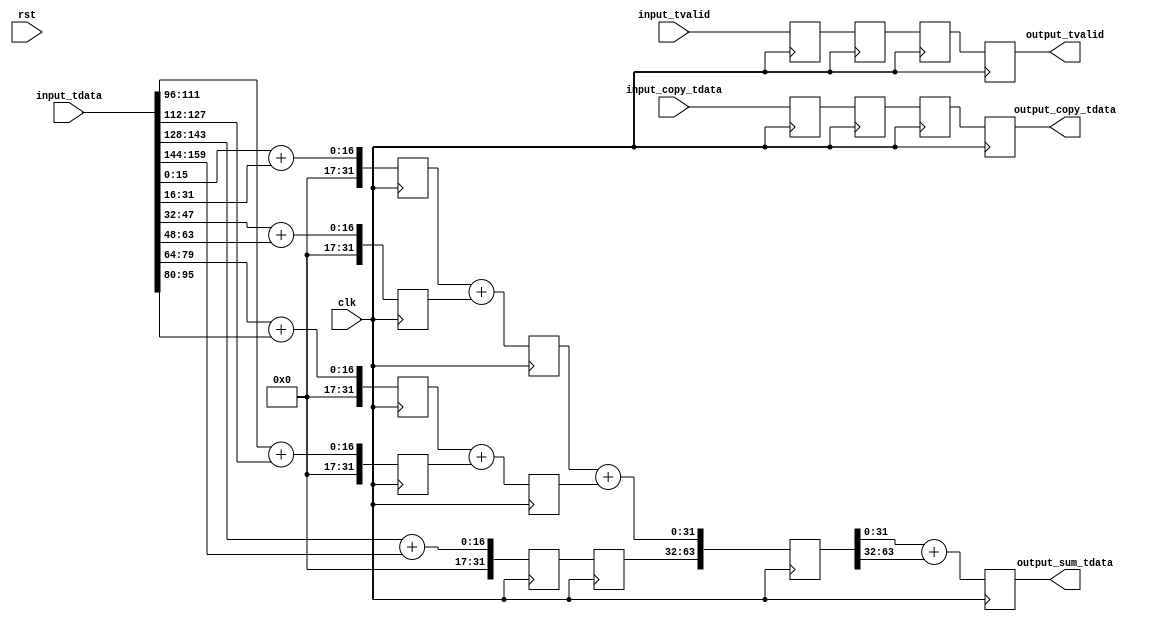
// Language: Verilog 2001

// Adds elements of the input vector using an adder tree
// Copies input_copy_tdata to output_copy_tdata with the same latency
// Nonblocking

`resetall
`timescale 1ns / 1ps
`default_nettype none


 (* KEEP_HIERARCHY = "YES" *) module parallel_add_and_copy # (
    parameter VECTOR_WIDTH = 160,
    parameter DATA_WIDTH = 16,
    parameter ACCUMSIZE = 32
)(
    input wire clk,
    input wire rst,

    input wire [VECTOR_WIDTH-1:0] input_tdata,
    input wire [VECTOR_WIDTH-1:0] input_copy_tdata,
    input wire input_tvalid,

    output reg [VECTOR_WIDTH-1:0] output_copy_tdata,
    output reg [ACCUMSIZE-1:0] output_sum_tdata,
    output reg output_tvalid 

);

   localparam  ELEMENTS_PER_VECTOR = VECTOR_WIDTH / DATA_WIDTH;

   reg [5 * ACCUMSIZE-1:0] accum0;
   reg [3 * ACCUMSIZE-1:0] accum1;
   reg [2 * ACCUMSIZE-1:0] accum2;

   reg [VECTOR_WIDTH-1:0]  copy0;
   reg [VECTOR_WIDTH-1:0]  copy1;
   reg [VECTOR_WIDTH-1:0]  copy2;

   reg tvalid0, tvalid1, tvalid2;


   genvar i;
   generate
      for (i = 0; i < 5; i = i + 1) begin
         // zero extend to ACCUMSIZE
         wire [DATA_WIDTH-1:0] input_lhs = input_tdata[DATA_WIDTH * 2 * i +: DATA_WIDTH];
         wire [DATA_WIDTH-1:0] input_rhs = input_tdata[DATA_WIDTH * (2 * i + 1) +: DATA_WIDTH];
         wire [ACCUMSIZE-1:0]  lhs = {{ACCUMSIZE-DATA_WIDTH{1'b0}}, input_lhs[DATA_WIDTH-1:0]};
         wire [ACCUMSIZE-1:0]  rhs = {{ACCUMSIZE-DATA_WIDTH{1'b0}}, input_rhs[DATA_WIDTH-1:0]};
         always @ (posedge clk) begin
            accum0[ACCUMSIZE * i +: ACCUMSIZE] <= lhs + rhs;
         end
      end
   endgenerate
   genvar j;
   generate
      for (j = 0; j < 2; j = j + 1) begin
         always @ (posedge clk) begin
            accum1[ACCUMSIZE * j +: ACCUMSIZE] <= accum0[ACCUMSIZE * 2 * j +: ACCUMSIZE] + accum0[ACCUMSIZE * (2 * j + 1) +: ACCUMSIZE];
         end
      end
   endgenerate

   always @ (posedge clk) begin

      accum1[ACCUMSIZE * 2 +: ACCUMSIZE] <= accum0[ACCUMSIZE * 4 +: ACCUMSIZE];

      accum2[ACCUMSIZE * 0 +: ACCUMSIZE] <= accum1[ACCUMSIZE * 0 +: ACCUMSIZE] + accum1[ACCUMSIZE * 1 +: ACCUMSIZE];
      accum2[ACCUMSIZE * 1 +: ACCUMSIZE] <= accum1[ACCUMSIZE * 2 +: ACCUMSIZE];

      output_sum_tdata <= accum2[ACCUMSIZE * 0 +: ACCUMSIZE] + accum2[ACCUMSIZE * 1 +: ACCUMSIZE];

      copy0 <= input_copy_tdata;
      copy1 <= copy0;
      copy2 <= copy1;
      output_copy_tdata <= copy2;

      tvalid0 <= input_tvalid;
      tvalid1 <= tvalid0;
      tvalid2 <= tvalid1;
      output_tvalid <= tvalid2;

   end

endmodule

`resetall